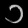
Digit: ၁